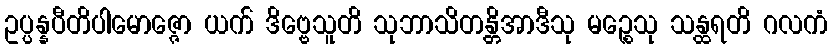
ဥပ္ပန္နပီတိပါမောဇ္ဇော ယက် ဒိဗ္ဗေသူတိ သုဘာသိတန္တိအာဒီသု မဉ္စေသု သန္ထရတိ ဂလကံ